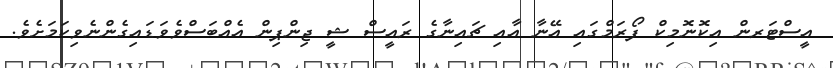
އީސްޓަރން އިކޮނޮމިކް ފޯރަމްގައި އޭނާ އާއި ޗައިނާގެ ރައީސް ޝީ ޖިންޕިން އެއްބަސްވެވަޑައިގެންނެވިކަމަށެވެ.